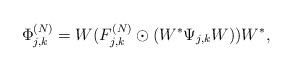
LaTeX: \begin{align*} \Phi_{j,k}^{(N)} = W ( F_{j,k}^{(N)} \odot ( W^* \Psi_{j,k} W ) ) W^*, \end{align*}